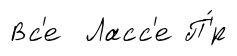
Вс'е Ласс'е П'́р